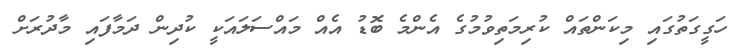
ހަގީގަތުގައި މިކަންތައް ކުރިމަތިވުމުގެ އެންމެ ބޮޑު އެއް މައްސަލައަކީ ކުދިން ދަމާފައި މާދުރަށް